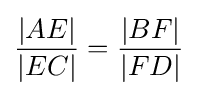
{\frac {|AE|}{|EC|}}={\frac {|BF|}{|FD|}}